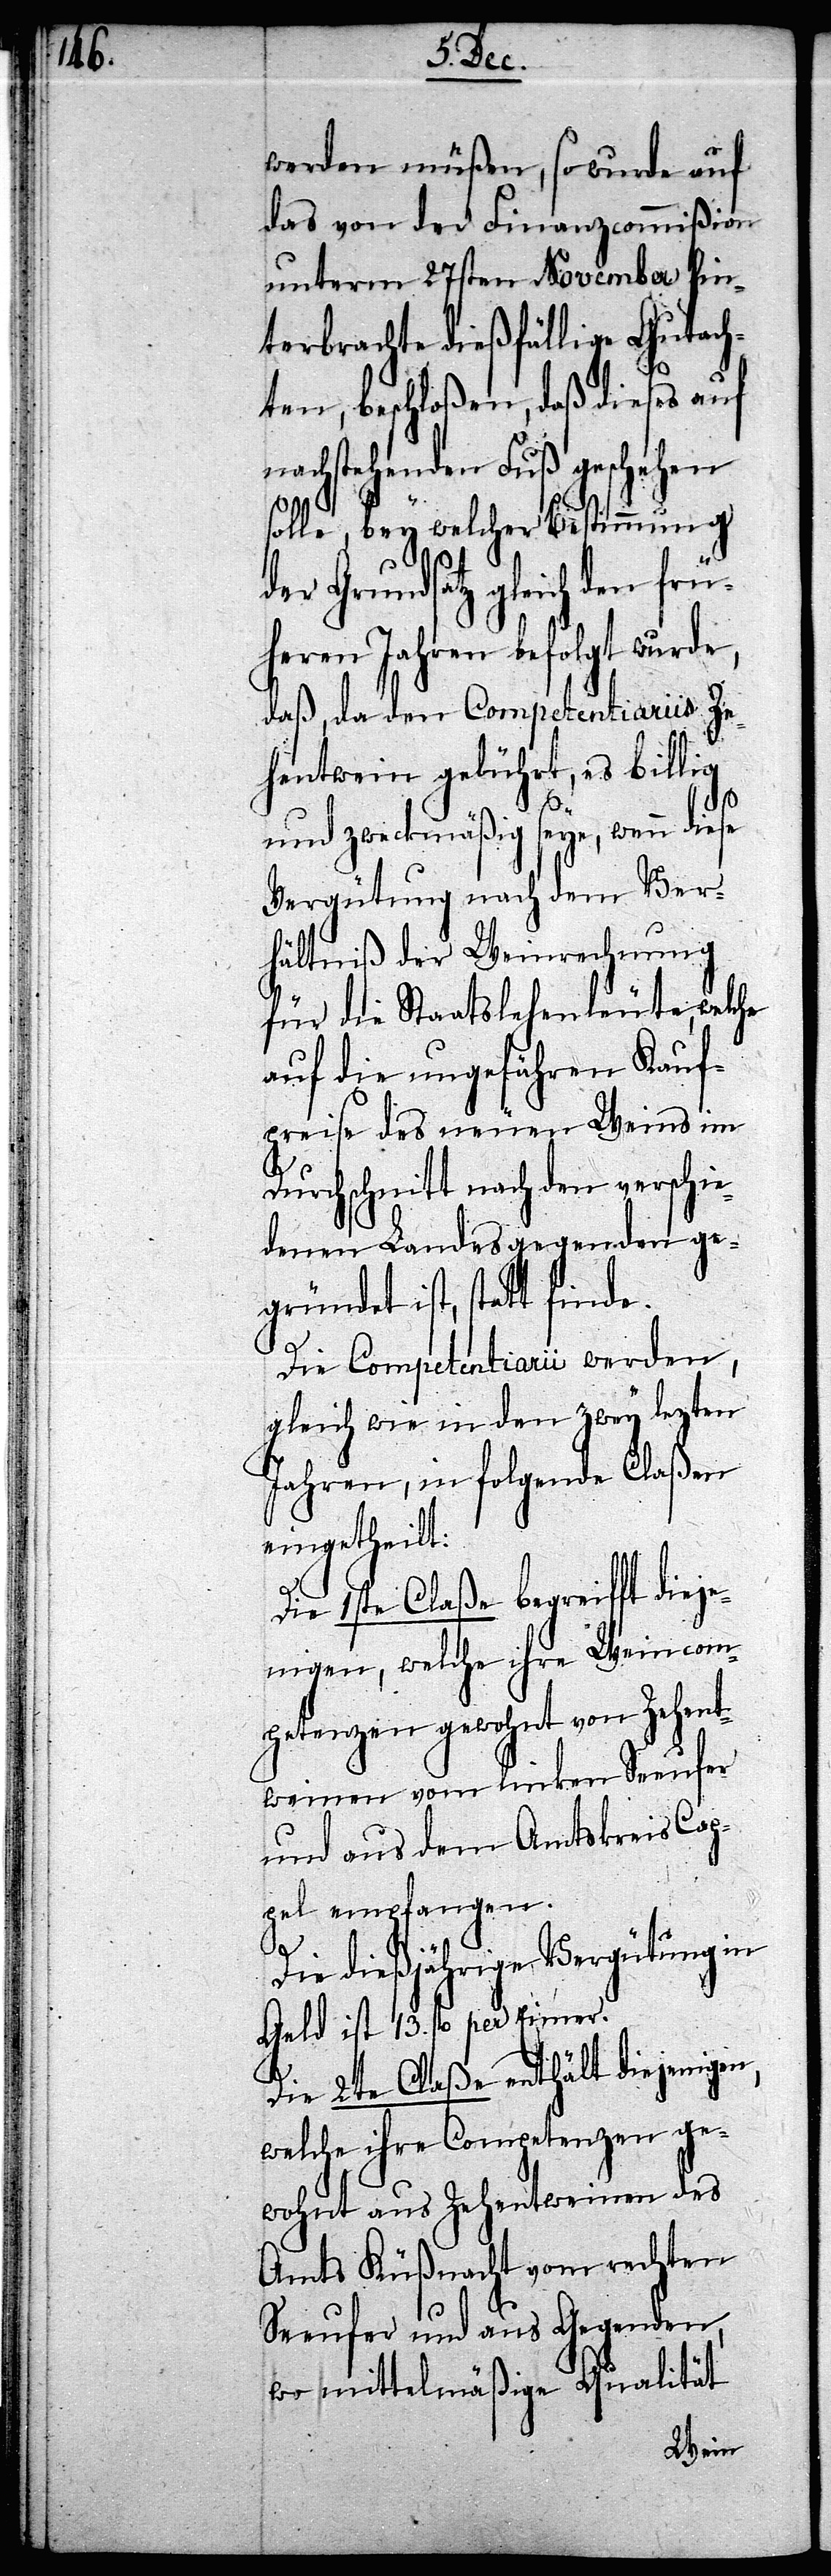
werden müßen, so wurde auf
das von der Finanzcommißion
unterm 27sten November hin¬
terbrachte dießfällige Gutach¬
ten, beschloßen, daß dieses auf
nachstehenden Fuß geschehen
solle, bey welcher Bestimmung
der Grundsatz gleich den
frühern Jahren befolgt wurde,
daß, da den Competentiariis Ze¬
hentwein gebührt, es billig
und zweckmäßig seye, wenn
Vergütung nach dem Ver¬
hältniß der Weinrechnung
für die Staatslehenleute, welche
auf die ungefähren Kauf¬
preise des neuen Weins im
Durchschnitt nach den verschie¬
denen Landesgegenden ge¬
gründet ist, statt finde.
Die Competentiarii werden,
gleich wie in den zwey lezten
Jahren, in folgende Claßen
eingetheilt:
Die 1ste Claße begreifft dieje¬
nigen, welche ihre Weincom¬
petenzen gewohnt von Zehent¬
weinen vom linken Seeufer
und aus dem Amtskreis Cap¬
pel empfangen.
Die dießjährigen Vergütungen
Geld ist 13. fl. per Eimer.
Die 2te Claße enthält diejenigen,
welche ihre Competenzen ge¬
wohnt aus Zehentweinen des
Amts Küßnacht vom rechten
Seeufer und aus Gegenden,
wo mittelmäßige Qualität